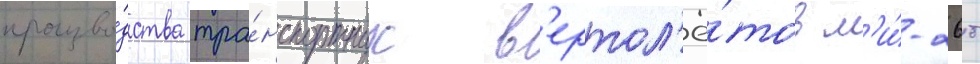
произво́дства тра́нспортных в'ертол'ё́тов м'и́-26т